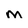
Character: M